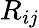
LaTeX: R_{ij}